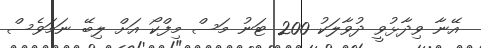
އޭނާ ވިދާޅުވީ ދުވާލަކު 200 ޓަނު މަސް މިފްކޯ އަށް ލިބޭ ނަމަވެސް